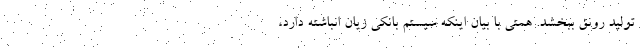
تولید رونق ببخشد. همتی با بیان اینکه سیستم بانکی زیان انباشته دارد،